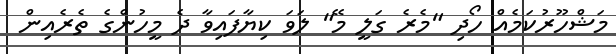
މަޝްހޫރުކަމެއް ހޯދި "މެރެ ގަލީ މޭ" ލަވަ ކިޔާފައިވާ ދެ މީހުންގެ ތެރެއިން